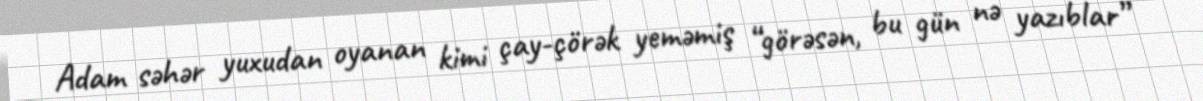
Adam səhər yuxudan oyanan kimi çay-çörək yeməmiş “görəsən, bu gün nə yazıblar”